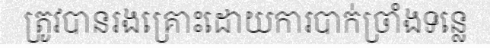
ត្រូវបានរងគ្រោះដោយការបាក់ច្រាំងទន្លេ